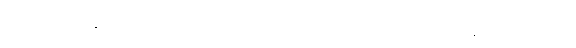
တေ ဧဝ၊ ထို နတ္ထိပစ္စည်းတပ်သော တရားတို့သည်ပင်လျှင်။ ဝိဂတဘာဝေန၊ ကင်းသည်၏